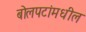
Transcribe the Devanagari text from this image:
बोलपटांमधील